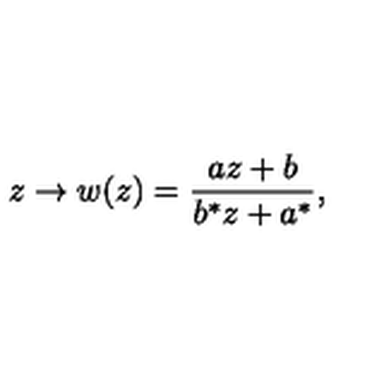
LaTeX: z \to w ( z ) = \frac { a z + b } { b ^ { * } z + a ^ { * } } ,